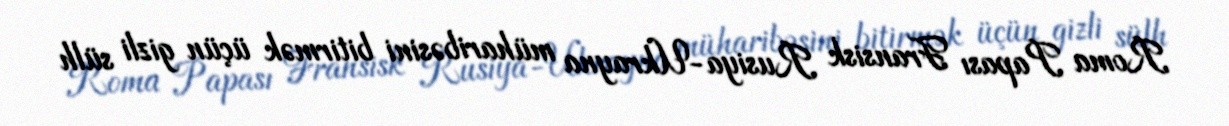
Roma Papası Fransisk Rusiya-Ukrayna müharibəsini bitirmək üçün gizli sülh